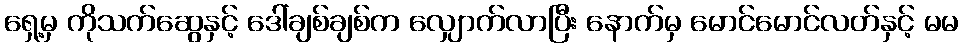
ရှေ့မှ ကိုသက်ဆွေနှင့် ဒေါ်ချစ်ချစ်က လျှောက်လာပြီး နောက်မှ မောင်မောင်လတ်နှင့် မမ